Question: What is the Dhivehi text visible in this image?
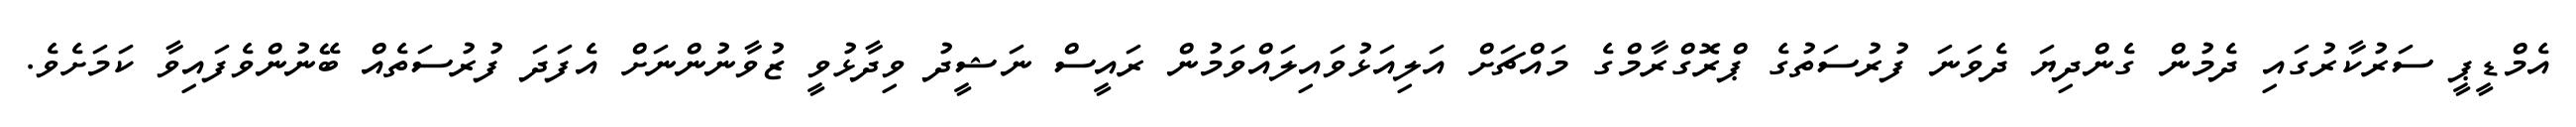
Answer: އެމްޑީޕީ ސަރުކާރުގައި ދެމުން ގެންދިޔަ ދެވަނަ ފުރުސަތުގެ ޕްރޮގްރާމްގެ މައްޗަށް އަލިއަޅުވައިލައްވަމުން ރައީސް ނަޝީދު ވިދާޅުވީ ޒުވާނުންނަށް އެފަދަ ފުރުސަތެއް ބޭނުންވެފައިވާ ކަމަށެވެ.